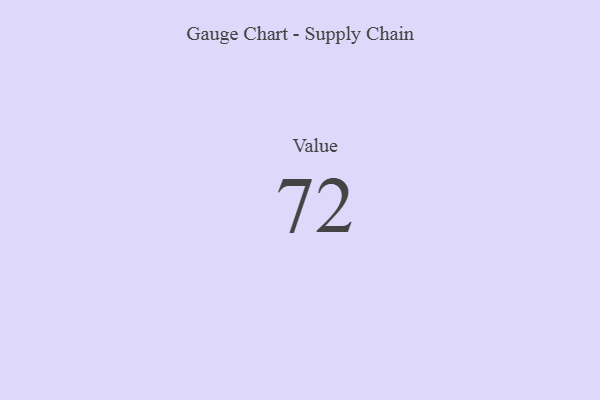
{"axis": {"x": "Metric", "y": "Value"}, "legend": [""], "data": [{"x": "Value", "y": 72, "type": ""}]}